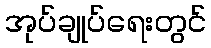
အုပ်ချုပ်ရေးတွင်